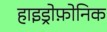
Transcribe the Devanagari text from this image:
हाइड्रोफ़ोनिक